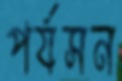
পর্যসন